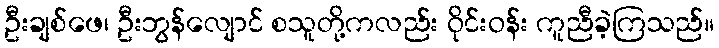
ဦးချစ်ဖေ၊ ဦးဘွန်လျောင် စသူတို့ကလည်း ဝိုင်းဝန်း ကူညီခဲ့ကြသည်။